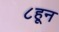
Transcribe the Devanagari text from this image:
८हून